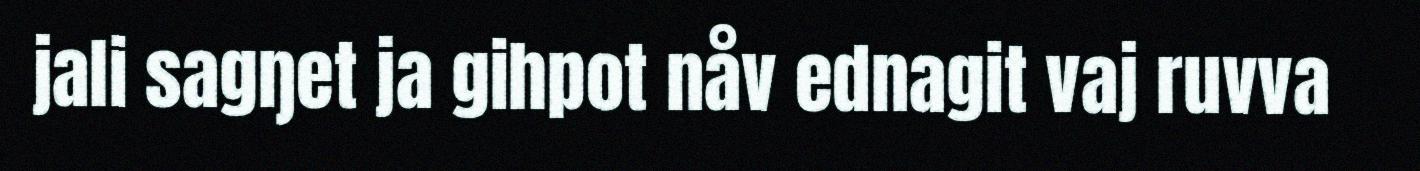
jali sagŋet ja gihpot nåv ednagit vaj ruvva